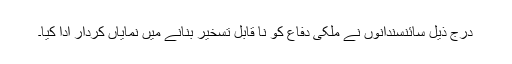
درج ذیل سائنسندانوں نے ملکی دفاع کو نا قابل تسخیر بنانے میں نمایاں کردار ادا کیا۔